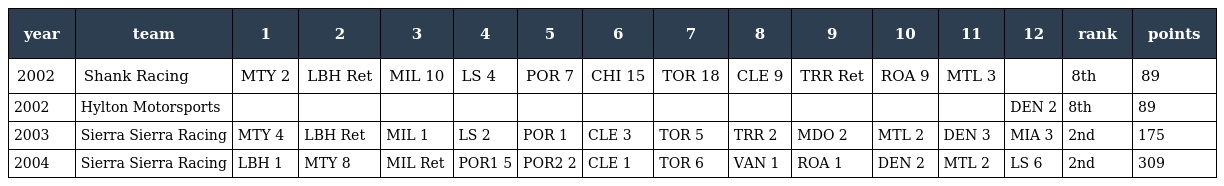
| year | team | 1 | 2 | 3 | 4 | 5 | 6 | 7 | 8 | 9 | 10 | 11 | 12 | rank | points |
 | --- | --- | --- | --- | --- | --- | --- | --- | --- | --- | --- | --- | --- | --- | --- | --- |
 | 2002 | Shank Racing | MTY 2 | LBH Ret | MIL 10 | LS 4 | POR 7 | CHI 15 | TOR 18 | CLE 9 | TRR Ret | ROA 9 | MTL 3 |  | 8th | 89 |
 | 2002 | Hylton Motorsports |  |  |  |  |  |  |  |  |  |  |  | DEN 2 | 8th | 89 |
 | 2003 | Sierra Sierra Racing | MTY 4 | LBH Ret | MIL 1 | LS 2 | POR 1 | CLE 3 | TOR 5 | TRR 2 | MDO 2 | MTL 2 | DEN 3 | MIA 3 | 2nd | 175 |
 | 2004 | Sierra Sierra Racing | LBH 1 | MTY 8 | MIL Ret | POR1 5 | POR2 2 | CLE 1 | TOR 6 | VAN 1 | ROA 1 | DEN 2 | MTL 2 | LS 6 | 2nd | 309 |